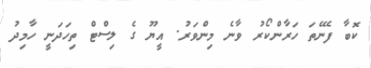
ކޮބާ ފެނޭތަ ހަރާންކޯރު ވާނެ މިންވަރު. އީޔޫ ގެ ލިސްޓް ތިހަދަނީ ހާމިދު